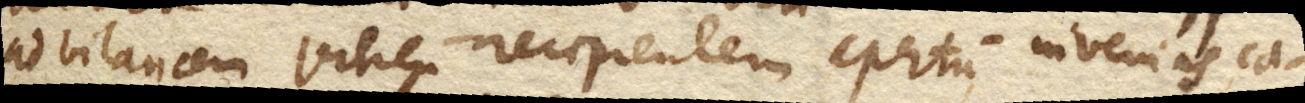
ad bilancem vitreum recipientem apertum invenias ca–